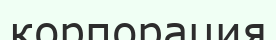
корпорация